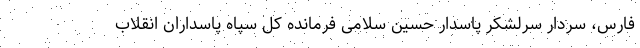
فارس، سردار سرلشکر پاسدار حسین سلامی فرمانده کل سپاه پاسداران انقلاب